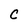
Character: C